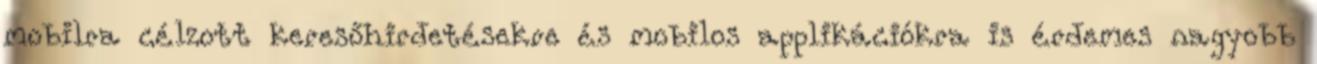
mobilra célzott keresőhirdetésekre és mobilos applikációkra is érdemes nagyobb